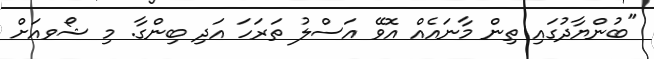
"ބުންޔާދުގައި ތިން މާނައެއް އޮވޭ އަސްލު ތަރަހަ އަދި ބިންގާ. މި ޝޯވއަށް